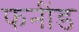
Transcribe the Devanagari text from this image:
फनींड